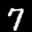
Label: 7